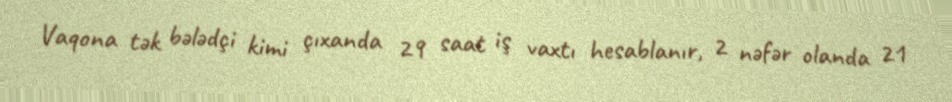
Vaqona tək bələdçi kimi çıxanda 29 saat iş vaxtı hesablanır, 2 nəfər olanda 21